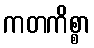
ကတကိစ္စာ